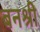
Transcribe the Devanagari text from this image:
बनश्री